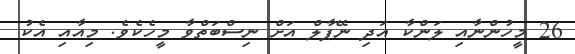
26 މީހުންނާއި ލަންކާ އަދި ނޭޕާލް އަށް ނިސްބަތްވާ މީހެކެވެ. މިއާއި އެކު